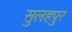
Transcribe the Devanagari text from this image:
सुलहपुर